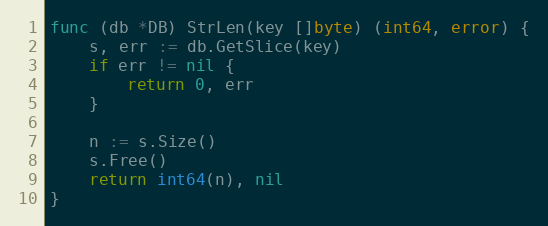
Language: Go
func (db *DB) StrLen(key []byte) (int64, error) {
	s, err := db.GetSlice(key)
	if err != nil {
		return 0, err
	}

	n := s.Size()
	s.Free()
	return int64(n), nil
}